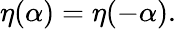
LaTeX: \eta(\alpha)=\eta(-\alpha).